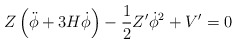
\begin{align*}Z \left( \ddot{\phi} + 3 H \dot{\phi} \right) - \frac{1}{2} Z^{\prime} \dot{\phi}^2 + V^{\prime} = 0\end{align*}